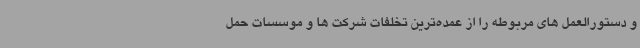
و دستورالعمل های مربوطه را از عمده‌ترین تخلفات شرکت ها و موسسات حمل